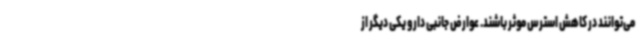
می‌توانند در کاهش استرس موثر باشند. عوارض جانبی دارو یکی دیگر از